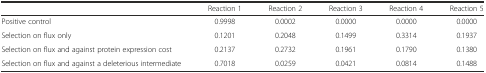
|  | Reaction 1 | Reaction 2 | Reaction 3 | Reaction 4 | Reaction 5 |
 | --- | --- | --- | --- | --- | --- |
 | Positive control | 0.9998 | 0.0002 | 0.0000 | 0.0000 | 0.0000 |
 | Selection on flux only | 0.1201 | 0.2048 | 0.1499 | 0.3314 | 0.1937 |
 | Selection on flux and against protein expression cost | 0.2137 | 0.2732 | 0.1961 | 0.1790 | 0.1380 |
 | Selection on flux and against a deleterious intermediate | 0.7018 | 0.0259 | 0.0421 | 0.0814 | 0.1488 |